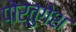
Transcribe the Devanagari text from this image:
पोर्तुगेश